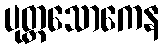
ပုတ္တသောကေန